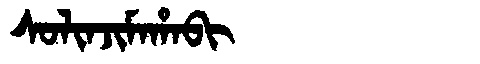
Manchu: ᠰᠣᠯᡳᠨᠵᡳᠮᠠᡥᠠᠪᡳ
Romanization: SOLINJIMAHABI